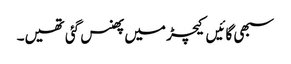
سبھی گائیں کیچڑ میں پھنس گئی تھیں۔